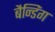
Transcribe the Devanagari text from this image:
बैन्डिंग